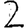
Digit: 2